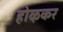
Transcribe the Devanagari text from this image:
होऴकर